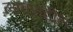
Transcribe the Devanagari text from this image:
लावसटीन